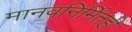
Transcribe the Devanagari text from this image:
मानवनिर्मितही